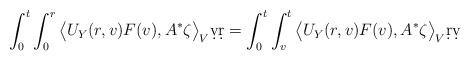
LaTeX: \begin{align*}\int_0^t\int_0^r \big\langle U_Y(r,v)F(v),A^*\zeta\big\rangle_V\d v\d r= \int_0^t\int_v^t \big\langle U_Y(r,v)F(v),A^*\zeta\big\rangle_V\d r\d v\end{align*}